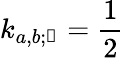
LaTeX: k_{a,b;\mathscr{n}}=\frac{1}{2}